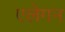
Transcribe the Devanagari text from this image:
एलेगन